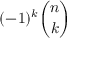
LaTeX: ( - 1 ) ^ { k } { \binom { n } { k } }